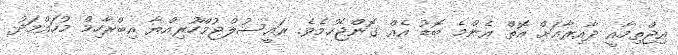
އިޖްތިމާއީ ދާއިރާއަށް އޮތް އެންމެ ބޮޑު އެއް ގޮންޖެހުމެވެ. ރައީސުލްޖުމްހޫރިއްޔާ އިބްރާހިމް މުހައްމަދު